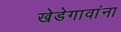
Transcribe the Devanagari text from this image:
खेडेगावांना